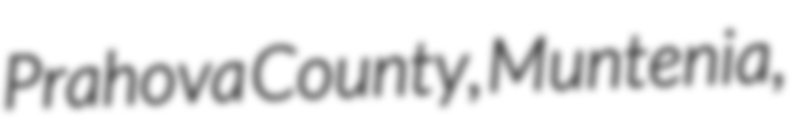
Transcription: Prahova County, Muntenia,